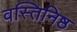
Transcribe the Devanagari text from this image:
वस्तिनिष्ठ